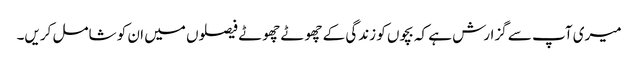
میری آپ سے گزارش ہے کہ بچوں کو زندگی کے چھوٹے چھوٹے فیصلوں میں ان کو شامل کریں۔